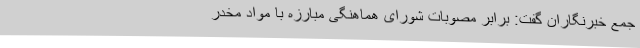
جمع خبرنگاران گفت: برابر مصوبات شورای هماهنگی مبارزه با مواد مخدر